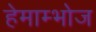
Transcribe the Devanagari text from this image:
हेमाम्भोज